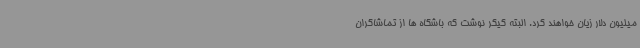
میلیون دلار زیان خواهند کرد. البته کیکر نوشت که باشگاه ها از تماشاگران